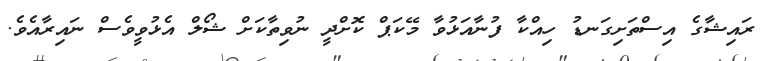
ރައިޝާގެ އިސްތަށިގަނޑު ހިއްކާ ފުނާއަޅުވާ މޭކަޕް ކޮށްދީ ނުވިތާކަށް ޝޯލް އެޅުވީވެސް ނައިރާއެވެ.